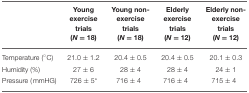
|  | Young exercise trials (N = 18) | Young non-exercise trials (N = 18) | Elderly exercise trials (N = 12) | Elderly non-exercise trials (N = 12) |
 | --- | --- | --- | --- | --- |
 | Temperature (°C) | 21.0 ± 1.2 | 20.4 ± 0.5 | 20.4 ± 0.5 | 20.1 ± 0.3 |
 | Humidity (%) | 27 ± 6 | 28 ± 4 | 28 ± 4 | 24 ± 1 |
 | Pressure (mmHG) | 726 ± 5* | 716 ± 4 | 716 ± 4 | 715 ± 4 |